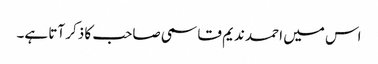
اس میں احمد ندیم قاسمی صاحب کا ذکر آتا ہے۔